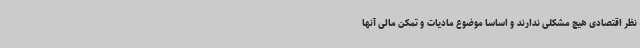
نظر اقتصادی هیچ مشکلی ندارند و اساساً موضوع مادیات و تمکن مالی آنها